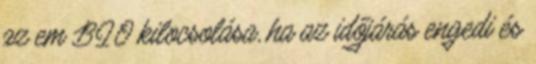
az em BIO kilocsolása, ha az időjárás engedi és